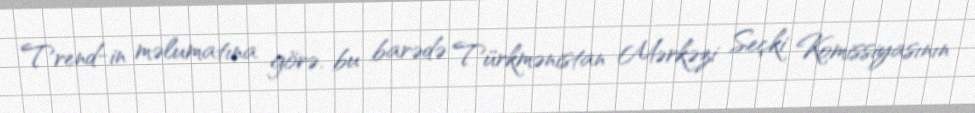
Trend-in məlumatına görə, bu barədə Türkmənistan Mərkəzi Seçki Komissiyasının